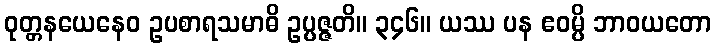
ဝုတ္တနယေနေဝ ဥပစာရသမာဓိ ဥပ္ပဇ္ဇတိ။ ၃၄၆။ ယဿ ပန ဧဝမ္ပိ ဘာဝယတော